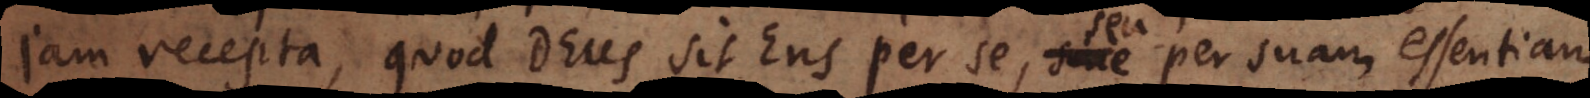
jam recepta, quod Deus sit Ens per se, seu per suam essentiam